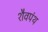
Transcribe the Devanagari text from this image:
शैवपंथ